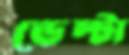
ডেল্টা